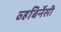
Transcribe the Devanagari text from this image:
व्हबिर्नेसी